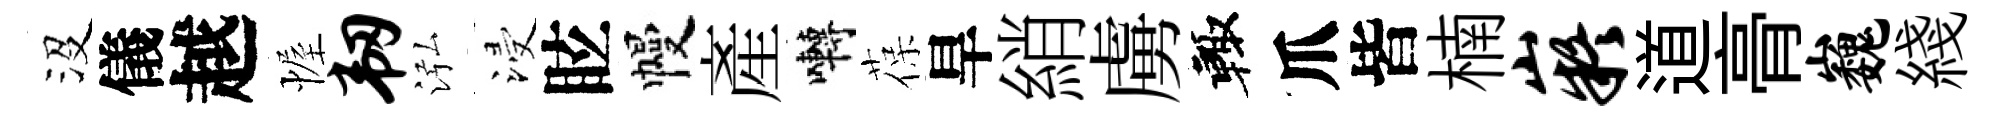
沒儀越幄韧泓浸眩幔産囀葆旱綃虜輙爪皆楠嶷道𮌔巍綫